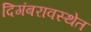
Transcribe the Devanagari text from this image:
दिगंबरावस्थेत